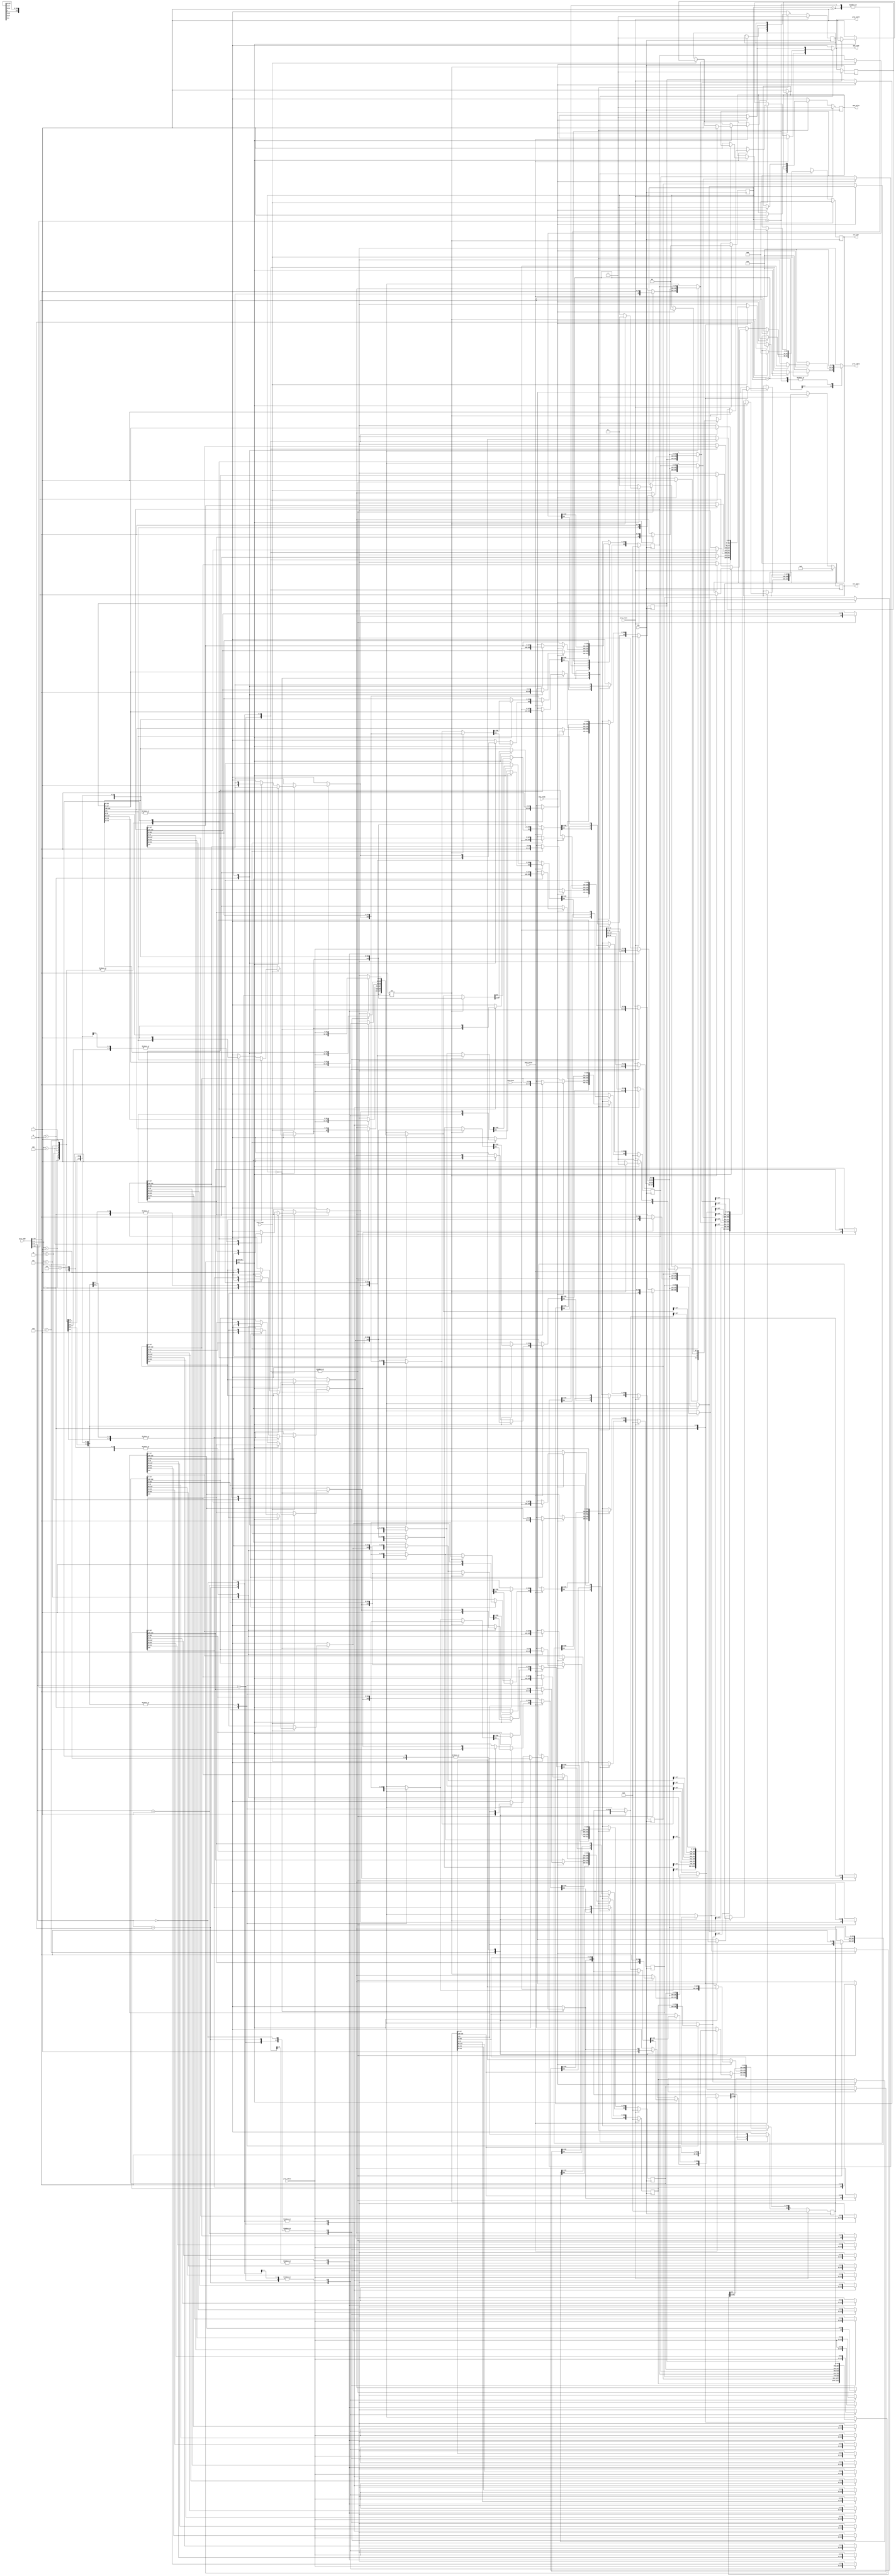
module cache(
    clk,
    proc_reset,
    proc_read,
    proc_write,
    proc_addr,
    proc_rdata,
    proc_wdata,
    proc_stall,
    mem_read,
    mem_write,
    mem_addr,
    mem_rdata,
    mem_wdata,
    mem_ready
);
    
//==== input/output definition ============================
    input          clk;
    // processor interface
    input          proc_reset;
    input          proc_read, proc_write;
    input   [29:0] proc_addr;
    input   [31:0] proc_wdata;
    output         proc_stall;
    output  [31:0] proc_rdata;
    // memory interface
    input  [127:0] mem_rdata;
    input          mem_ready;
    output         mem_read, mem_write;
    output  [27:0] mem_addr;
    output [127:0] mem_wdata;
//====parameters   ========================================
    localparam IDLE = 2'd0;
    localparam READ_STALL = 2'd1;
    localparam WRITE_STALL_READ = 2'd2;
    localparam WRITE_STALL_WRITE = 2'd3;
//==== wire/reg definition ================================
    //state reg
    reg [1:0] state_r, state_w;
    //cache reg 8 x (25+ 32x4) = 8 x 153
    reg [153:0] cache_r[0:7] ,cache_w[0:7]; //format: v/tag/word3/word2/word1/word0
    //output reg
    reg proc_stall_r, proc_stall_w;
    reg [31:0] proc_rdata; 

    reg mem_read_r, mem_read_w;
    reg mem_write_r, mem_write_w;
    reg [27:0] mem_addr_r, mem_addr_w;
    reg [127:0] mem_wdata_r, mem_wdata_w;
    //index tag wire                                     //can be spare for area 
    wire [2:0] index;
    wire [24:0] tag, tag_in_cache;
    wire valid_in_cache;

    reg mem_ready_r;
//==== Assignment =========================================
    //assign tag data1 data2 data3 data4                //can be spare for area
    assign index            = proc_addr[4:2];           
    assign tag              = proc_addr[29:5];
    assign tag_in_cache     = cache_r[index][152:128];
    assign valid_in_cache   = cache_r[index][153];
    //output
    assign proc_stall   = proc_stall_w;
    assign mem_read     = mem_read_r;
    assign mem_write    = mem_write_r;
    assign mem_addr     = mem_addr_r;
    assign mem_wdata    = mem_wdata_r;

//==== combinational circuit ==============================
    integer idx; //for cache update
    always@(*) begin 
        state_w         = state_r;
        proc_stall_w    = proc_stall_r;
        mem_read_w      = mem_read_r;
        mem_write_w     = mem_write_r;
        mem_addr_w      = mem_addr_r;
        mem_wdata_w     = mem_wdata_r;
        proc_rdata      = 32'd0;
        for(idx = 0; idx <= 7; idx = idx+1) begin
             cache_w[idx] = cache_r[idx];
        end

        case(state_r)
        IDLE:
        begin
            if(proc_read) begin //read
                if(valid_in_cache) begin //valid
                    if(tag != tag_in_cache) begin //read miss
                        state_w         = READ_STALL;
                        proc_stall_w    = 1'd1;
                        mem_read_w      = 1'd1;
                        mem_addr_w      = proc_addr[29:2];
                    end
                    else begin //read hit
                        //modified
                        case(proc_addr[4:2]) //index
                            3'd0:
                            begin
                                case(proc_addr[1:0]) 
                                    2'd3: proc_rdata = cache_r[0][127:96]; //word0
                                    2'd2: proc_rdata = cache_r[0][95:64];  //word1 
                                    2'd1: proc_rdata = cache_r[0][63:32];  //word2
                                    2'd0: proc_rdata = cache_r[0][31:0];   //word3
                                    default: proc_rdata = 32'd0;
                                endcase
                            end
                            3'd1:
                            begin
                                case(proc_addr[1:0]) 
                                    2'd3: proc_rdata = cache_r[1][127:96]; //word0
                                    2'd2: proc_rdata = cache_r[1][95:64];  //word1 
                                    2'd1: proc_rdata = cache_r[1][63:32];  //word2
                                    2'd0: proc_rdata = cache_r[1][31:0];   //word3
                                    default: proc_rdata = 32'd0;
                                endcase
                            end
                            3'd2:
                            begin
                                case(proc_addr[1:0]) 
                                    2'd3: proc_rdata = cache_r[2][127:96]; //word0
                                    2'd2: proc_rdata = cache_r[2][95:64];  //word1 
                                    2'd1: proc_rdata = cache_r[2][63:32];  //word2
                                    2'd0: proc_rdata = cache_r[2][31:0];   //word3
                                    default: proc_rdata = 32'd0;
                                endcase
                            end
                            3'd3:
                            begin
                                case(proc_addr[1:0]) 
                                    2'd3: proc_rdata = cache_r[3][127:96]; //word0
                                    2'd2: proc_rdata = cache_r[3][95:64];  //word1 
                                    2'd1: proc_rdata = cache_r[3][63:32];  //word2
                                    2'd0: proc_rdata = cache_r[3][31:0];   //word3
                                    default: proc_rdata = 32'd0;
                                endcase
                            end
                            3'd4:
                            begin
                                case(proc_addr[1:0]) 
                                    2'd3: proc_rdata = cache_r[4][127:96]; //word0
                                    2'd2: proc_rdata = cache_r[4][95:64];  //word1 
                                    2'd1: proc_rdata = cache_r[4][63:32];  //word2
                                    2'd0: proc_rdata = cache_r[4][31:0];   //word3
                                    default: proc_rdata = 32'd0;
                                endcase
                            end
                            3'd5:
                            begin
                                case(proc_addr[1:0]) 
                                    2'd3: proc_rdata = cache_r[5][127:96]; //word0
                                    2'd2: proc_rdata = cache_r[5][95:64];  //word1 
                                    2'd1: proc_rdata = cache_r[5][63:32];  //word2
                                    2'd0: proc_rdata = cache_r[5][31:0];   //word3
                                    default: proc_rdata = 32'd0;
                                endcase
                            end
                            3'd6:
                            begin
                                case(proc_addr[1:0]) 
                                    2'd3: proc_rdata = cache_r[6][127:96]; //word0
                                    2'd2: proc_rdata = cache_r[6][95:64];  //word1 
                                    2'd1: proc_rdata = cache_r[6][63:32];  //word2
                                    2'd0: proc_rdata = cache_r[6][31:0];   //word3
                                    default: proc_rdata = 32'd0;
                                endcase
                            end
                            3'd7:
                            begin
                                case(proc_addr[1:0]) 
                                    2'd3: proc_rdata = cache_r[7][127:96]; //word0
                                    2'd2: proc_rdata = cache_r[7][95:64];  //word1 
                                    2'd1: proc_rdata = cache_r[7][63:32];  //word2
                                    2'd0: proc_rdata = cache_r[7][31:0];   //word3
                                    default: proc_rdata = 32'd0;
                                endcase
                            end
                            default:
                            begin
                                proc_rdata = 32'd0;
                            end
                        endcase
                        // case(proc_addr[1:0])
                        //     2'd3: proc_rdata = cache_r[index][127:96]; //word0
                        //     2'd2: proc_rdata = cache_r[index][95:64];  //word1 
                        //     2'd1: proc_rdata = cache_r[index][63:32];  //word2
                        //     2'd0: proc_rdata = cache_r[index][31:0];   //word3
                        //     default: proc_rdata = 32'd0;
                        // endcase
                    end
                end
                else begin //not valid -> read miss
                    state_w         = READ_STALL;
                    proc_stall_w    = 1'd1;
                    mem_read_w      = 1'd1;
                    mem_addr_w      = proc_addr[29:2];
                    //update valid bit
                    cache_w[index][153] = 1'd1;
                end           
            end

            if(proc_write) begin //write
                if(valid_in_cache) begin
                    if(tag != tag_in_cache) begin //write miss
                        state_w = WRITE_STALL_READ;
                        proc_stall_w    = 1'd1;
                        mem_read_w      = 1'd1;
                        mem_addr_w      = proc_addr[29:2];
                    end
                    else begin //write hit for 'write through'
                        state_w = WRITE_STALL_WRITE;
                        //update data in cache
                        case(proc_addr[4:2]) //index
                            3'd0:
                            begin
                                case(proc_addr[1:0])
                                    2'd3: cache_w[0][127:96]= proc_wdata;
                                    2'd2: cache_w[0][95:64] = proc_wdata; 
                                    2'd1: cache_w[0][63:32] = proc_wdata;
                                    2'd0: cache_w[0][31:0]  = proc_wdata;
                                    default: cache_w[0]     = cache_r[0];
                                endcase
                            end
                            3'd1:
                            begin
                                case(proc_addr[1:0])
                                    2'd3: cache_w[1][127:96]= proc_wdata;
                                    2'd2: cache_w[1][95:64] = proc_wdata; 
                                    2'd1: cache_w[1][63:32] = proc_wdata;
                                    2'd0: cache_w[1][31:0]  = proc_wdata;
                                    default: cache_w[1]     = cache_r[1];
                                endcase
                            end
                            3'd2:
                            begin
                                case(proc_addr[1:0])
                                    2'd3: cache_w[2][127:96]= proc_wdata;
                                    2'd2: cache_w[2][95:64] = proc_wdata; 
                                    2'd1: cache_w[2][63:32] = proc_wdata;
                                    2'd0: cache_w[2][31:0]  = proc_wdata;
                                    default: cache_w[2]     = cache_r[2];
                                endcase
                            end
                            3'd3:
                            begin
                                case(proc_addr[1:0])
                                    2'd3: cache_w[3][127:96]= proc_wdata;
                                    2'd2: cache_w[3][95:64] = proc_wdata; 
                                    2'd1: cache_w[3][63:32] = proc_wdata;
                                    2'd0: cache_w[3][31:0]  = proc_wdata;
                                    default: cache_w[3]     = cache_r[3];
                                endcase
                            end
                            3'd4:
                            begin
                                case(proc_addr[1:0])
                                    2'd3: cache_w[4][127:96]= proc_wdata;
                                    2'd2: cache_w[4][95:64] = proc_wdata; 
                                    2'd1: cache_w[4][63:32] = proc_wdata;
                                    2'd0: cache_w[4][31:0]  = proc_wdata;
                                    default: cache_w[4]     = cache_r[4];
                                endcase
                            end
                            3'd5:
                            begin
                                case(proc_addr[1:0])
                                    2'd3: cache_w[5][127:96]= proc_wdata;
                                    2'd2: cache_w[5][95:64] = proc_wdata; 
                                    2'd1: cache_w[5][63:32] = proc_wdata;
                                    2'd0: cache_w[5][31:0]  = proc_wdata;
                                    default: cache_w[5]     = cache_r[5];
                                endcase
                            end
                            3'd6:
                            begin
                                case(proc_addr[1:0])
                                    2'd3: cache_w[6][127:96]= proc_wdata;
                                    2'd2: cache_w[6][95:64] = proc_wdata; 
                                    2'd1: cache_w[6][63:32] = proc_wdata;
                                    2'd0: cache_w[6][31:0]  = proc_wdata;
                                    default: cache_w[6]     = cache_r[6];
                                endcase
                            end
                            3'd7:
                            begin
                                case(proc_addr[1:0])
                                    2'd3: cache_w[7][127:96]= proc_wdata;
                                    2'd2: cache_w[7][95:64] = proc_wdata; 
                                    2'd1: cache_w[7][63:32] = proc_wdata;
                                    2'd0: cache_w[7][31:0]  = proc_wdata;
                                    default: cache_w[7]     = cache_r[7];
                                endcase
                            end
                            default:
                            begin
                                cache_w[0] = cache_r[0];
                            end
                        endcase
                        // case(proc_addr[1:0])
                        //     2'd3: cache_w[index][127:96]= proc_wdata;
                        //     2'd2: cache_w[index][95:64] = proc_wdata; 
                        //     2'd1: cache_w[index][63:32] = proc_wdata;
                        //     2'd0: cache_w[index][31:0]  = proc_wdata;
                        //     default: cache_w[index]     = cache_r[index];
                        // endcase
                        //signal to change
                        proc_stall_w    = 1'd1;
                        mem_write_w     = 1'd1;
                        mem_addr_w      = proc_addr[29:2];
                        mem_wdata_w     = cache_w[index][127:0];
                    end
                end
                else begin //not valid -> write miss
                    state_w = WRITE_STALL_READ;
                    proc_stall_w    = 1'd1;
                    mem_read_w      = 1'd1;
                    mem_addr_w      = proc_addr[29:2];
                    //update valid bit
                    cache_w[index][153] = 1'd1;
                end  
            end
        end
        READ_STALL:
        begin
            proc_stall_w            = 1'd1;
            if(mem_ready) begin
                state_w                 = IDLE;
                proc_stall_w            = 1'd0;
                mem_read_w              = 1'd0;
                mem_addr_w              = 28'd0;
                cache_w[index][152:128] = tag;      //update tag
                cache_w[index][127:0]   = mem_rdata;//update data
                //read data output
                case(proc_addr[1:0])
                    2'd3: proc_rdata = mem_rdata[127:96]; //word0
                    2'd2: proc_rdata = mem_rdata[95:64];  //word1 
                    2'd1: proc_rdata = mem_rdata[63:32];  //word2
                    2'd0: proc_rdata = mem_rdata[31:0];   //word3
                    default: proc_rdata = 32'd0;
                endcase
            end
        end
        WRITE_STALL_READ:
        begin
            
            if(mem_ready) begin
                
                //updata data in cache
                // cache_w[index][152:128] = tag;      //update tag
                // cache_w[index][127:0]   = mem_rdata;  //updata data
                //write hit
                case(proc_addr[4:2]) //index
                    3'd0:
                    begin
                        cache_w[0][152:128] = tag;
                        cache_w[0][127:0] = mem_rdata;
                        case(proc_addr[1:0])
                            2'd3: cache_w[0][127:96]= proc_wdata;
                            2'd2: cache_w[0][95:64] = proc_wdata; 
                            2'd1: cache_w[0][63:32] = proc_wdata;
                            2'd0: cache_w[0][31:0]  = proc_wdata;
                            default: cache_w[0]     = cache_r[0];
                        endcase
                    end
                    3'd1:
                    begin
                        cache_w[1][152:128] = tag;
                        cache_w[1][127:0] = mem_rdata;
                        case(proc_addr[1:0])
                            2'd3: cache_w[1][127:96]= proc_wdata;
                            2'd2: cache_w[1][95:64] = proc_wdata; 
                            2'd1: cache_w[1][63:32] = proc_wdata;
                            2'd0: cache_w[1][31:0]  = proc_wdata;
                            default: cache_w[1]     = cache_r[1];
                        endcase
                    end
                    3'd2:
                    begin
                        cache_w[2][152:128] = tag;
                        cache_w[2][127:0] = mem_rdata;
                        case(proc_addr[1:0])
                            2'd3: cache_w[2][127:96]= proc_wdata;
                            2'd2: cache_w[2][95:64] = proc_wdata; 
                            2'd1: cache_w[2][63:32] = proc_wdata;
                            2'd0: cache_w[2][31:0]  = proc_wdata;
                            default: cache_w[2]     = cache_r[2];
                        endcase
                    end
                    3'd3:
                    begin
                        cache_w[3][152:128] = tag;
                        cache_w[3][127:0] = mem_rdata;
                        case(proc_addr[1:0])
                            2'd3: cache_w[3][127:96]= proc_wdata;
                            2'd2: cache_w[3][95:64] = proc_wdata; 
                            2'd1: cache_w[3][63:32] = proc_wdata;
                            2'd0: cache_w[3][31:0]  = proc_wdata;
                            default: cache_w[3]     = cache_r[3];
                        endcase
                    end
                    3'd4:
                    begin
                        cache_w[4][152:128] = tag;
                        cache_w[4][127:0] = mem_rdata;
                        case(proc_addr[1:0])
                            2'd3: cache_w[4][127:96]= proc_wdata;
                            2'd2: cache_w[4][95:64] = proc_wdata; 
                            2'd1: cache_w[4][63:32] = proc_wdata;
                            2'd0: cache_w[4][31:0]  = proc_wdata;
                            default: cache_w[4]     = cache_r[4];
                        endcase
                    end
                    3'd5:
                    begin
                        cache_w[5][152:128] = tag;
                        cache_w[5][127:0] = mem_rdata;
                        case(proc_addr[1:0])
                            2'd3: cache_w[5][127:96]= proc_wdata;
                            2'd2: cache_w[5][95:64] = proc_wdata; 
                            2'd1: cache_w[5][63:32] = proc_wdata;
                            2'd0: cache_w[5][31:0]  = proc_wdata;
                            default: cache_w[5]     = cache_r[5];
                        endcase
                    end
                    3'd6:
                    begin
                        cache_w[6][152:128] = tag;
                        cache_w[6][127:0] = mem_rdata;
                        case(proc_addr[1:0])
                            2'd3: cache_w[6][127:96]= proc_wdata;
                            2'd2: cache_w[6][95:64] = proc_wdata; 
                            2'd1: cache_w[6][63:32] = proc_wdata;
                            2'd0: cache_w[6][31:0]  = proc_wdata;
                            default: cache_w[6]     = cache_r[6];
                        endcase
                    end
                    3'd7:
                    begin
                        cache_w[7][152:128] = tag;
                        cache_w[7][127:0] = mem_rdata;
                        case(proc_addr[1:0])
                            2'd3: cache_w[7][127:96]= proc_wdata;
                            2'd2: cache_w[7][95:64] = proc_wdata; 
                            2'd1: cache_w[7][63:32] = proc_wdata;
                            2'd0: cache_w[7][31:0]  = proc_wdata;
                            default: cache_w[7]     = cache_r[7];
                        endcase
                    end
                    default:
                    begin
                        cache_w[0] = cache_r[0];
                    end
                endcase
                
                mem_read_w = 1'd0;
                mem_write_w = 1'd1;
                mem_addr_w = proc_addr[29:2];
                mem_wdata_w = cache_w[index][127:0];
                state_w = WRITE_STALL_WRITE;

            end
            else begin
                proc_stall_w            = 1'd1;
                state_w                 = WRITE_STALL_READ;
                mem_read_w = 1'd1;
            end
        end
        WRITE_STALL_WRITE: 
        begin
            proc_stall_w            = 1'd1;
            
            if(mem_ready) begin
                state_w         = IDLE;
                proc_stall_w    = 1'd0;
                mem_write_w     = 1'd0;
                mem_addr_w      = 28'd0;
            end
        end
        default:
        begin
            state_w         = state_r;
            proc_stall_w    = proc_stall_r;
            mem_read_w      = mem_read_r;
            mem_write_w     = mem_write_r;
            mem_addr_w      = mem_addr_r;
            mem_wdata_w     = mem_wdata_r;
            for(idx = 0; idx <= 7; idx = idx+1) begin
                 cache_w[idx] = cache_r[idx];
            end
        end
        endcase
    end
//==== sequential circuit =================================
integer i;
always@( posedge clk ) begin
    if( proc_reset ) begin
        for(i = 0; i<=7; i = i+1) begin
            cache_r[i]  <= 154'd0;
        end
        state_r         <= 2'd0;
        proc_stall_r    <= 1'd0;
        mem_read_r      <= 1'd0;
        mem_write_r     <= 1'd0;
        mem_addr_r      <= 28'd0;
        mem_wdata_r     <= 128'd0;
        mem_ready_r <= 0;
    end
    else begin
        for(i = 0; i<=7; i = i+1) begin
            cache_r[i]  <= cache_w[i];
        end
        state_r         <= state_w;
        proc_stall_r    <= proc_stall_w;
        mem_read_r      <= mem_read_w;
        mem_write_r     <= mem_write_w;
        mem_addr_r      <= mem_addr_w;
        mem_wdata_r     <= mem_wdata_w;
        mem_ready_r <= mem_ready;
    end
end
endmodule